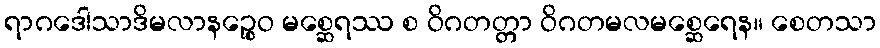
ရာဂဒေါသာဒိမလာနဉ္စေဝ မစ္ဆေရဿ စ ဝိဂတတ္တာ ဝိဂတမလမစ္ဆေရေန။ စေတသာ